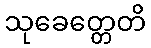
သုခေတ္တေတိ